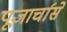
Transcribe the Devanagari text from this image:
पूजार्चासे